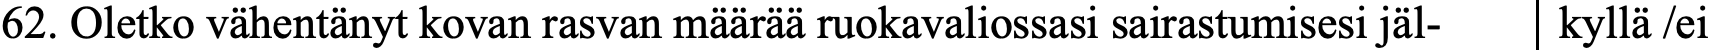
62. Oletko vähentänyt kovan rasvan määrää ruokavaliossasi sairastumisesi jäl- kyllä /ei